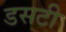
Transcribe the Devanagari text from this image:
डसटी